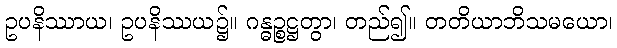
ဥပနိဿာယ၊ ဥပနိဿယ၌။ ဂန္ဓဉ္စဋ္ဌတွာ၊ တည်၍။ တတိယာဘိသမယော၊